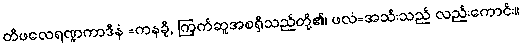
တိဖလေရဏ္ဍကာဒီနံ =ကနခို, ကြက်ဆူအစရှိသည်တို့၏၊ ဖလံ=အသီးသည် လည်းကောင်း။